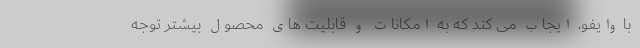
با وایفو، ایجاب می کند که به امکانات و قابلیت های محصول بیشتر توجه